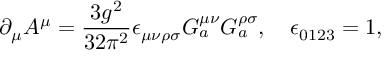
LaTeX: \partial _ { \mu } A ^ { \mu } = \frac { 3 g ^ { 2 } } { 3 2 \pi ^ { 2 } } \epsilon _ { \mu \nu \rho \sigma } { \cal G } _ { a } ^ { \mu \nu } { \cal G } _ { a } ^ { \rho \sigma } , \quad \epsilon _ { 0 1 2 3 } = 1 ,